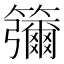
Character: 䉲